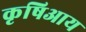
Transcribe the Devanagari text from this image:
कृषिआय